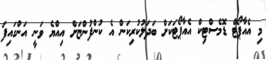
މި އެއާޕޯޓް ޑޮމެސްޓިކް އެއާޕޯޓަކަށް ބަދަލުކުރިކަން އެ ކުންފުންޏަށް އިއްޔެ ވަނީ އަންގައިފަ